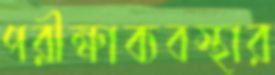
পরীক্ষাব্যবস্থার